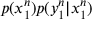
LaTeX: p ( x _ { 1 } ^ { n } ) p ( y _ { 1 } ^ { n } | x _ { 1 } ^ { n } )